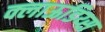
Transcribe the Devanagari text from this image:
क्लाऊडिय्स